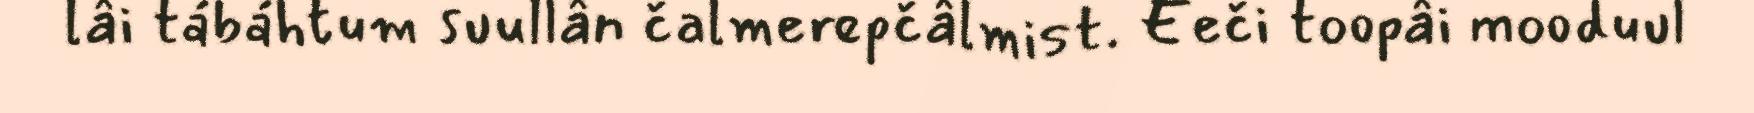
lâi tábáhtum suullân čalmerepčâlmist. Eeči toopâi mooduul